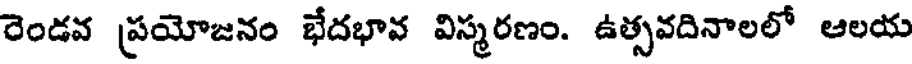
రెండవ ప్రయోజనం భేదభావ విస్మరణం. ఉత్సవదినాలలో ఆలయ